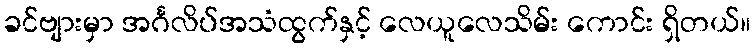
ခင်ဗျားမှာ အင်္ဂလိပ်အသံထွက်နှင့် လေယူလေသိမ်း ကောင်း ရှိတယ်။